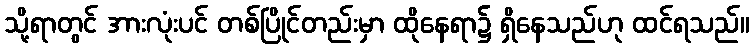
သို့ရာတွင် အားလုံးပင် တစ်ပြိုင်တည်းမှာ ထိုနေရာ၌ ရှိနေသည်ဟု ထင်ရသည်။